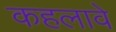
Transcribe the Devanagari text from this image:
कहलावे